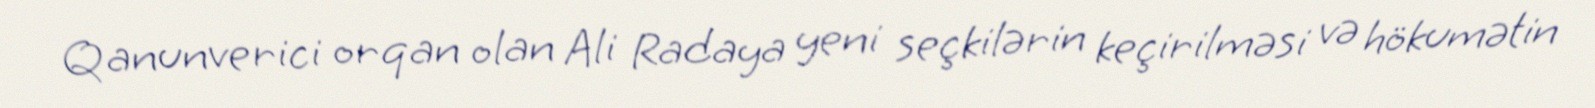
Qanunverici orqan olan Ali Radaya yeni seçkilərin keçirilməsi və hökumətin